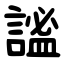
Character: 謐